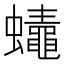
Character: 𲀒